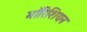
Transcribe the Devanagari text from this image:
मॉरिशियन